Lunatic asylums Burma 1907-21 - 1907-1921
Year: 1907
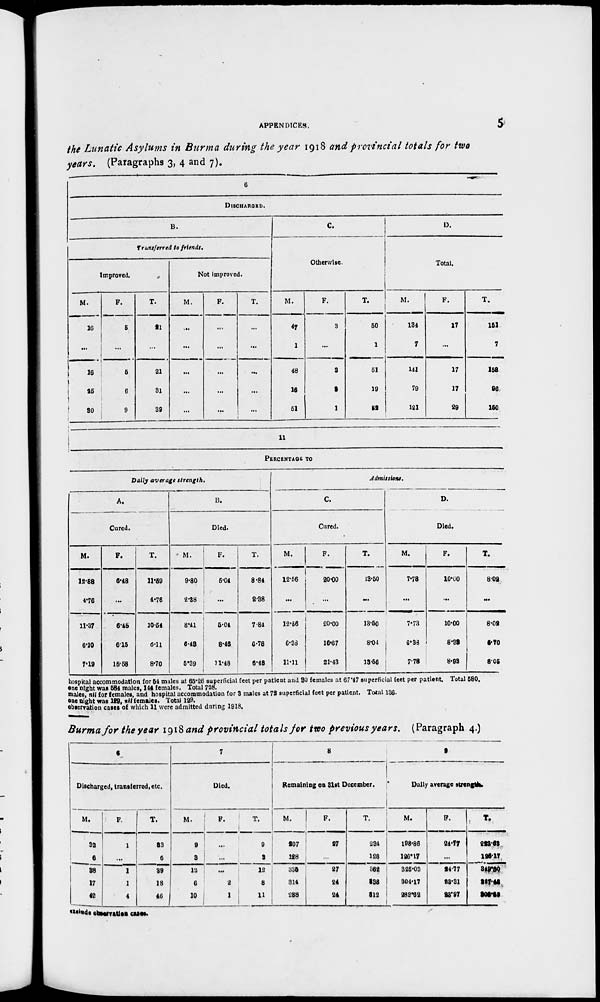
APPENDICES.
5
the Lunatic Asylums in Burma during the year 1918 and provincial totals for two
years. (Paragraphs 3, 4 and 7).
6
DISCHARGED.
B.
Transferred to friends.
Improved.
M.
16
...
16
25
30
F.
5
...
5
6
9
T.
21
...
21
31
39
Not improved.
M.
...
...
...
...
...
F.
...
...
...
...
...
T.
...
...
...
...
...
C.
Otherwise.
M.
47
1
48
16
51
F.
3
...
3
3
1
T.
50
1
51
19
52
D.
Total.
M.
134
7
141
79
121
F.
17
...
17
17
29
T.
151
7
158
96
150
11
PERCENTAGE TO
Daily average strength.
A.
Cured.
M.
12.88
4.76
11.37
6.10
7.19
F.
6.18
...
6.48
6.15
15.58
T.
11.59
4.76
10.54
6.11
8.70
B.
Died.
M.
9.80
2.38
8.41
6.43
5.39
F.
5.04
...
5.04
8.46
11.48
T.
8.84
2.38
7.84
6.78
6.48
Admissions.
C.
Cured.
M.
12.56
...
12.56
6.38
11.11
F.
20.00
...
20.00
16.67
21.43
T.
13.50
...
13.50
8.04
13.56
D.
Died.
M.
7.78
...
7.73
6.38
7.78
F.
10.00
...
10.00
8.38
8.93
T.
8.02
...
8.02
6.70
8.05
hospital accommodation for 54 males at 65.26 superficial feet per patient and 80 females at 67.47 superficial feet per patient. Total 580.
one night was 584 males, 144 females. Total 728.
males, nil for females, and hospital accommodation for 3 males at 72 superficial feet per patient. Total 136.
one night was 129, nil females. Total 129.
observation cases of which 11 were admitted during 1918.
Burma for the year 1918 and provincial totals for two previous years. (Paragraph 4.)
6
Discharged, transferred, etc.
M.
32
6
38
17
42
F.
1
...
1
1
4
T.
33
6
39
18
46
7
Died.
M.
9
3
12
6
10
F.
...
...
...
2
1
T.
9
8
12
8
11
8
Remaining on 31st December.
M.
207
128
335
314
288
F.
27
...
27
24
24
T.
234
128
362
338
312
9
Daily average strength.
M.
198.86
126.17
325.03
304.17
282.62
F.
24.77
...
24.77
23.31
23.97
T.
223.63
126.17
349.80
327.48
306.59
exclude observation cases.